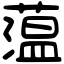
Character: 蕰